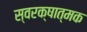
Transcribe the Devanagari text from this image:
स्वरक्षात्मक